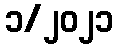
၁/၂၀၂၁